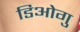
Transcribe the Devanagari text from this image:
डिओगु